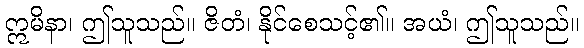
ဣမိနာ၊ ဤသူသည်။ ဇိတံ၊ နိုင်စေသင့်၏။ အယံ၊ ဤသူသည်။